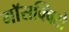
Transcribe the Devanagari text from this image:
माॅसक्विटो